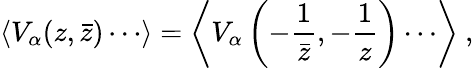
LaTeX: \langle V_{\alpha}(z,\bar{z})\cdots\rangle=\left\langle V_{\alpha}\left(-\frac{1}{\bar{z}},-\frac{1}{z}\right)\cdots\right\rangle~,